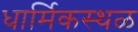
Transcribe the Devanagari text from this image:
धार्मिकस्थळ